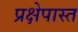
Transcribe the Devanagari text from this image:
प्रक्षेपास्त